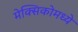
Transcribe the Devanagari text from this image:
मेक्‍सिकोमध्ये